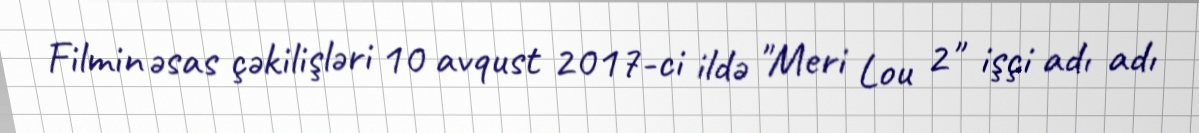
Filmin əsas çəkilişləri 10 avqust 2017-ci ildə "Meri Lou 2" işçi adı adı